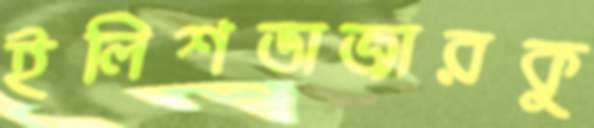
ইলিশভাজারকু